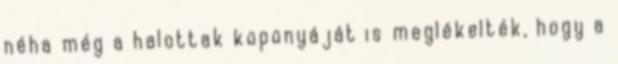
néha még a halottak koponyáját is meglékelték, hogy a